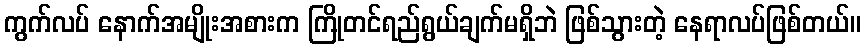
ကွက်လပ် နောက်အမျိုးအစားက ကြိုတင်ရည်ရွယ်ချက်မရှိဘဲ ဖြစ်သွားတဲ့ နေရာလပ်ဖြစ်တယ်။